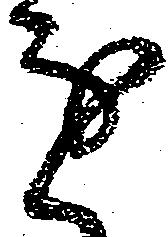
進